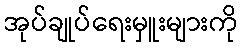
အုပ်ချုပ်ရေးမှူးများကို